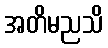
အတိမညသိ